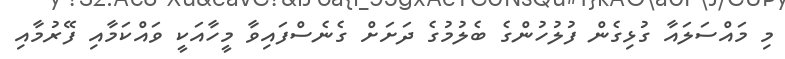
މި މައްސަލައާ ގުޅިގެން ފުލުހުންގެ ބެލުމުގެ ދަށަށް ގެނެސްފައިވާ މީހާއަކީ ވައްކަމާއި ފޭރުމާއި